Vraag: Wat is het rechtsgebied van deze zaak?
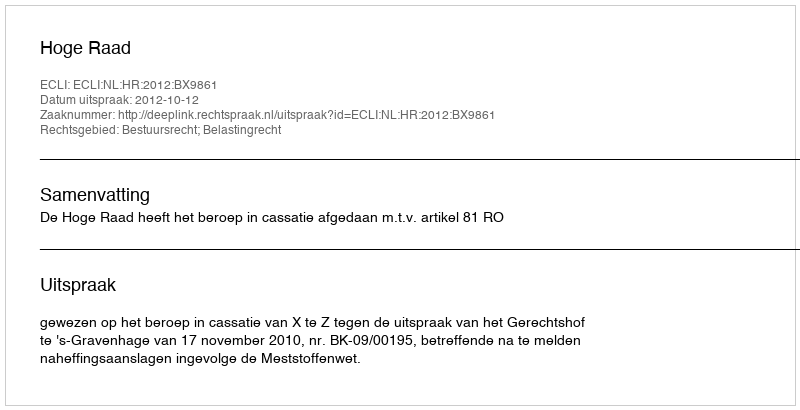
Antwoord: Bestuursrecht; Belastingrecht